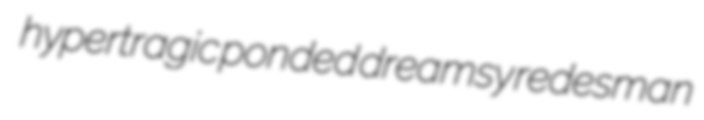
hypertragic ponded dreamsy redesman